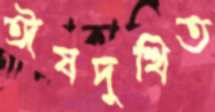
ঈষদুত্থিত